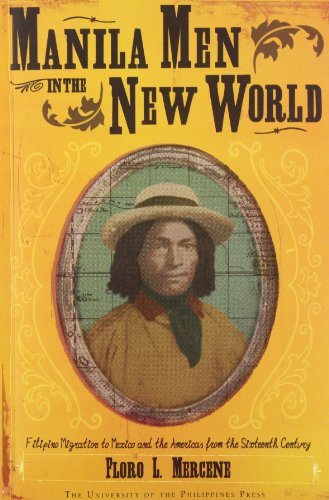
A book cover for Manila Men in the New World: Filipino Migration to Mexico and the Americas from the Sixteenth Century; Floro L. Mercene; History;